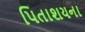
પિતાશયના